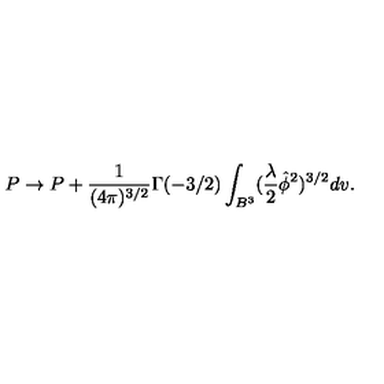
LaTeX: P \rightarrow P + \frac { 1 } { ( 4 \pi ) ^ { 3 / 2 } } \Gamma ( - 3 / 2 ) \int _ { B ^ { 3 } } ( \frac { \lambda } { 2 } \hat { \phi } ^ { 2 } ) ^ { 3 / 2 } d v .